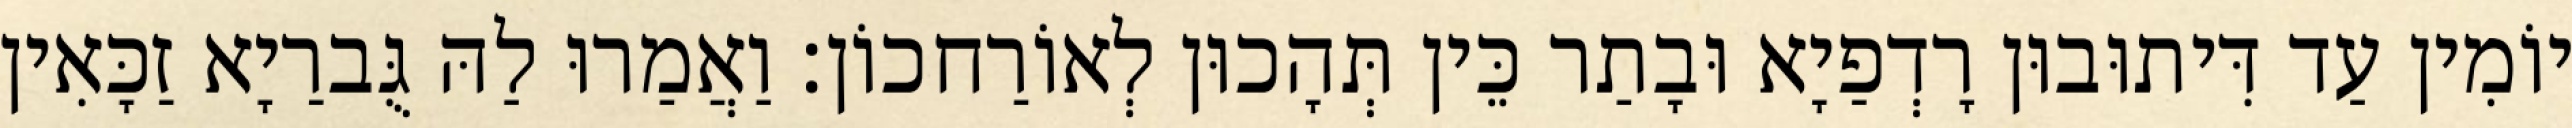
יוֹמִין עַד דִּיתוּבוּן רָדְפַיָא וּבָתַר כֵּין תְּהָכוּן לְאוֹרַחכוֹן׃ וַאֲמַרוּ לַהּ גֻּברַיָא זַכָּאִין